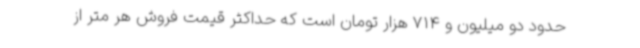
حدود دو میلیون و 714 هزار تومان است که حداکثر قیمت فروش هر متر از